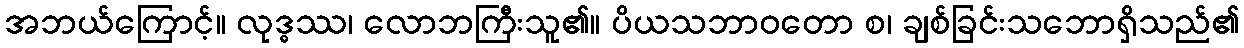
အဘယ်ကြောင့်။ လုဒ္ဓဿ၊ လောဘကြီးသူ၏။ ပိယသဘာဝတော စ၊ ချစ်ခြင်းသဘောရှိသည်၏